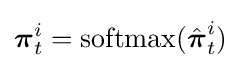
{\boldsymbol {\pi }}_{t}^{i}={\text{softmax}}({\hat {\boldsymbol {\pi }}}_{t}^{i})